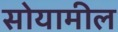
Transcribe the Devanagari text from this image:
सोयामील